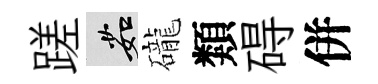
蹉茹礲類碍併